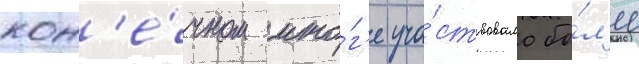
кон'е́чном ито́г'е уча́ствовало бо́л'ее